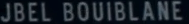
JUBEL BOUIBLANE